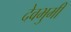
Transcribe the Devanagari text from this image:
देवभुमी